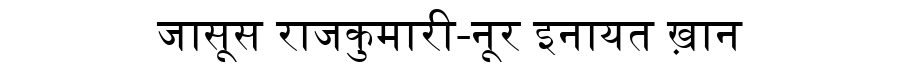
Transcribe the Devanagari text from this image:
जासूस राजकुमारी-नूर इनायत ख़ान